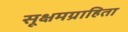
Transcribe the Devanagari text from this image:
सूक्षमग्राहिता